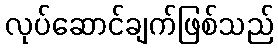
လုပ်ဆောင်ချက်ဖြစ်သည်